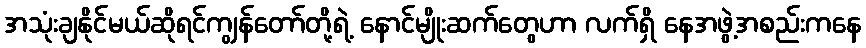
အသုံးချနိုင်မယ်ဆိုရင်ကျွန်တော်တို့ရဲ့ နောင်မျိုးဆက်တွေဟာ လက်ရှိ နေအဖွဲ့အစည်းကနေ